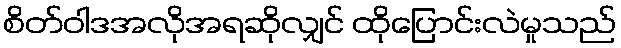
စိတ်ဝါဒအလိုအရဆိုလျှင် ထိုပြောင်းလဲမှုသည်